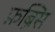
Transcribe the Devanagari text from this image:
फ़ब्रिस